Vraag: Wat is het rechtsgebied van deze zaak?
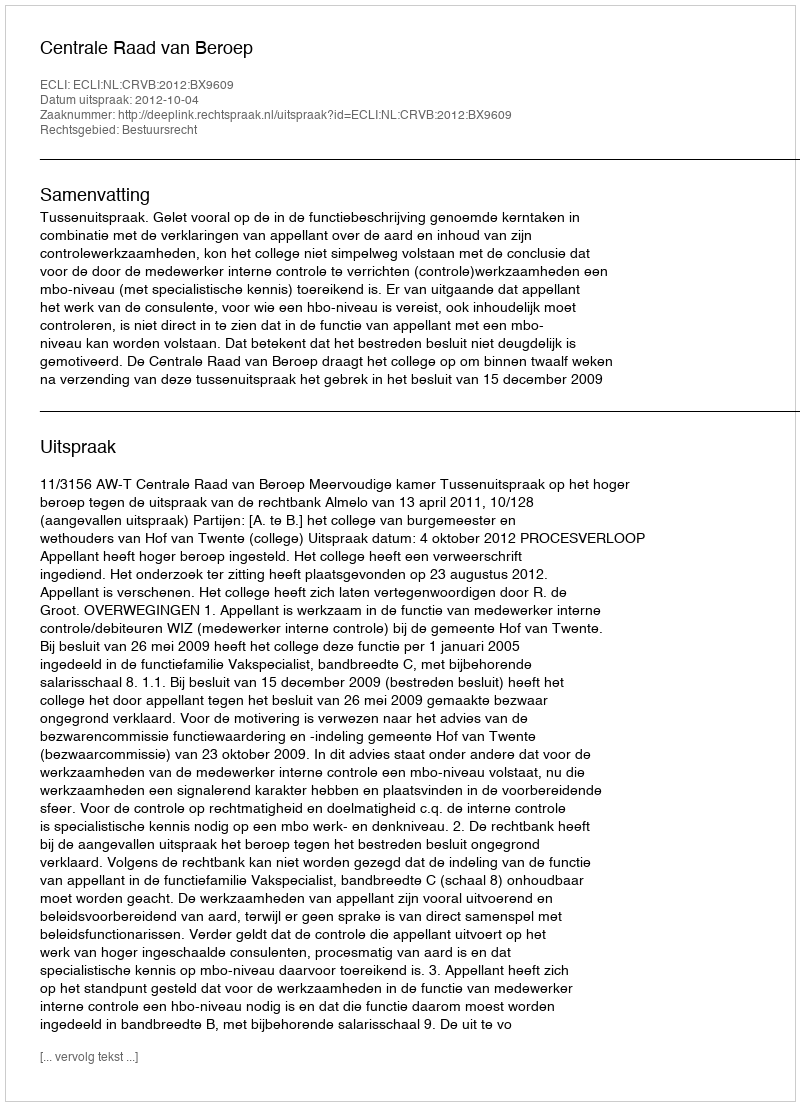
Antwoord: Bestuursrecht